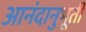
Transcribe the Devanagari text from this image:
आनंदानुभूती